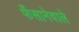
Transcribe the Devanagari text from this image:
फँसानेवाले